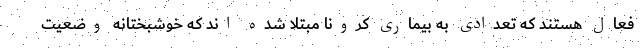
فعال هستند که تعدادی به بیماری کرونا مبتلا شده اند که خوشبختانه وضعیت